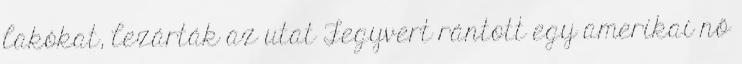
lakókat, lezárták az utat Fegyvert rántott egy amerikai nő